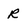
Character: r